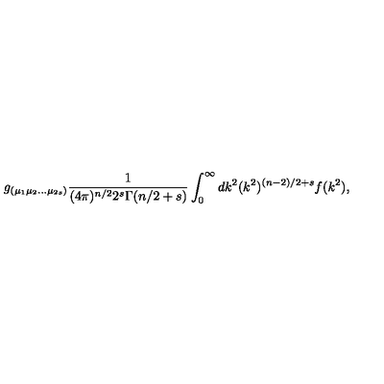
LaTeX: g _ { ( \mu _ { 1 } \mu _ { 2 } \ldots \mu _ { 2 s } ) } \frac { 1 } { ( 4 \pi ) ^ { n / 2 } 2 ^ { s } \Gamma ( n / 2 + s ) } \int _ { 0 } ^ { \infty } d k ^ { 2 } ( k ^ { 2 } ) ^ { ( n - 2 ) / 2 + s } f ( k ^ { 2 } ) ,